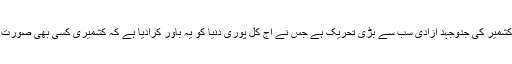
آزادی کی بڑی تحریکوں میں مقبوضہ کشمیر کی جدوجہد آزادی سب سے بڑی تحریک ہے جس نے آج کل پوری دنیا کو یہ باور کرادیا ہے کہ کشمیری کسی بھی صورت میں بھارت کے ساتھ نہیں رہنا چاہتے۔